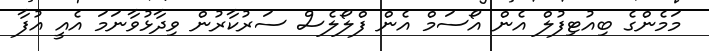
މަމެންގެ ބިއުޓިފުލް އެން އޯސަމް އެން ފްލޯލެސް ސަރުކާރުން ވިދާޅުވާނަމަ އެއީ އުފާ